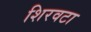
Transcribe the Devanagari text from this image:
शिरवटा